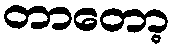
တာတော့